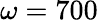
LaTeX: \omega=700